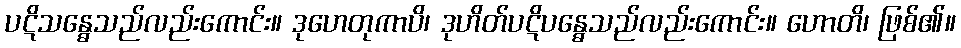
ပဋိသန္ဓေသည်လည်းကောင်း။ ဒုဟေတုကာပိ၊ ဒုဟိတ်ပဋိပန္ဓေသည်လည်းကောင်း။ ဟောတိ၊ ဖြစ်၏။